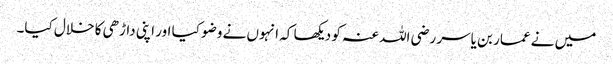
میں نے عمار بن یاسر رضی اللہ عنہ کو دیکھا کہ انہوں نے وضو کیا اور اپنی داڑھی کا خلال کیا۔